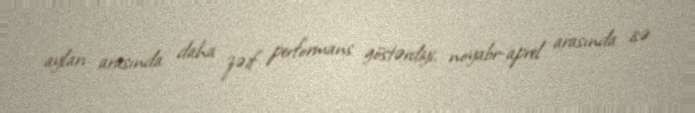
ayları arasında daha zəif performans göstərdiyi, noyabr-aprel arasında isə